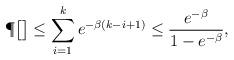
LaTeX: \begin{align*} \P\bigl[\bigr] &\leq \sum_{i=1}^k e^{-\beta(k-i+1)}\leq \frac{e^{-\beta}}{1-e^{-\beta}}, \end{align*}